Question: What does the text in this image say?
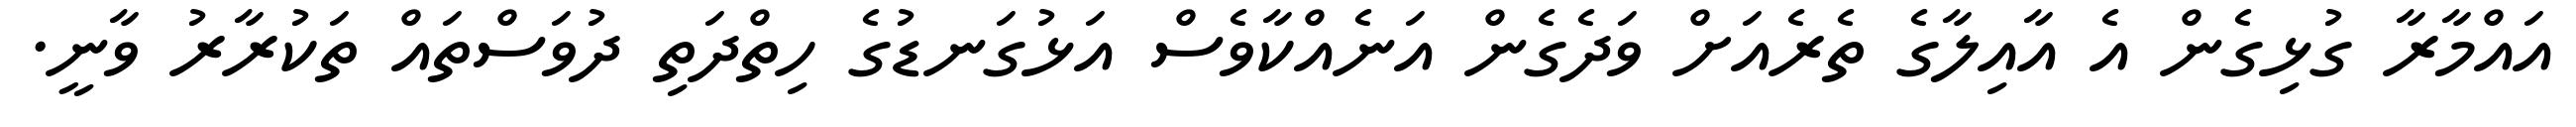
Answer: އައްމާރާ ގުޅިގެން އެ އާއިލާގެ ތެރެއަށް ވަދެގެން އަނެއްކާވެސް އަޅުގަނޑުގެ ހިތްދަތި ދުވަސްތައް ތަކުރާރު ވާނީ.